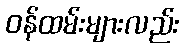
ဝန်ထမ်းများလည်း